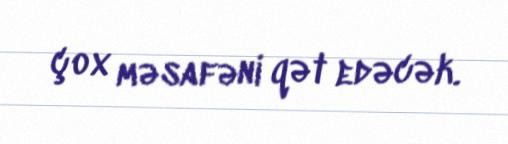
çox məsafəni qət edəcək.